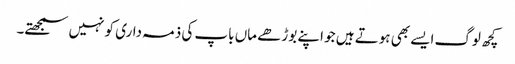
کچھ لوگ ایسے بھی ہوتے ہیں جو اپنے بوڑھے ماں باپ کی ذمہ داری کو نہیں سمجھتے۔